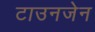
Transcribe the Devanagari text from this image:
टाउनजेन